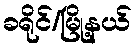
ခရိုင်/မြို့နယ်